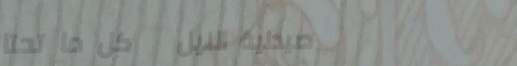
صيدلية النيل   كل ما تحتا